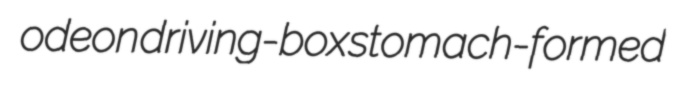
odeon driving-box stomach-formed